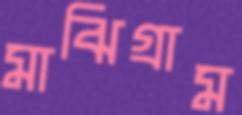
মাঝিগ্রাম